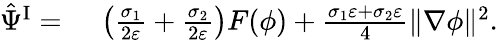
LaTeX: \begin{array}{rl}{\hat{\Psi}^{\mathrm{I}}=}&{{}~\left(\frac{\sigma_{1}}{2\varepsilon}+\frac{\sigma_{2}}{2\varepsilon}\right)F(\phi)+\frac{\sigma_{1}\varepsilon+\sigma_{2}\varepsilon}{4}\| \nabla\phi\| ^{2}.}\end{array}